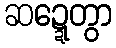
ဆဍ္ဍေတွာ